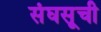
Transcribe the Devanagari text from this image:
संघसूची